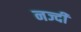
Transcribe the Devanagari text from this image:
नज्दी